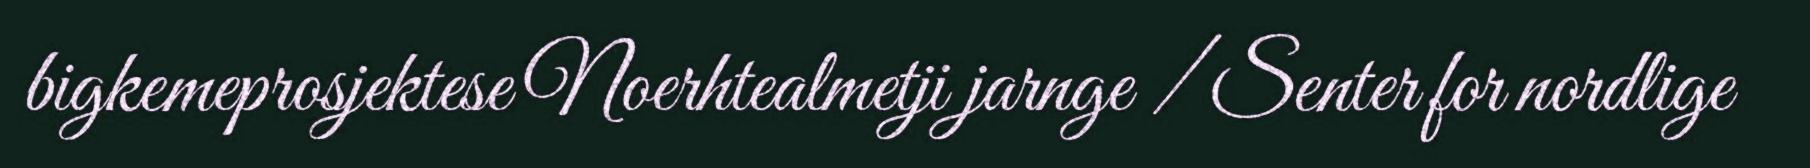
bigkemeprosjektese Noerhtealmetji jarnge / Senter for nordlige